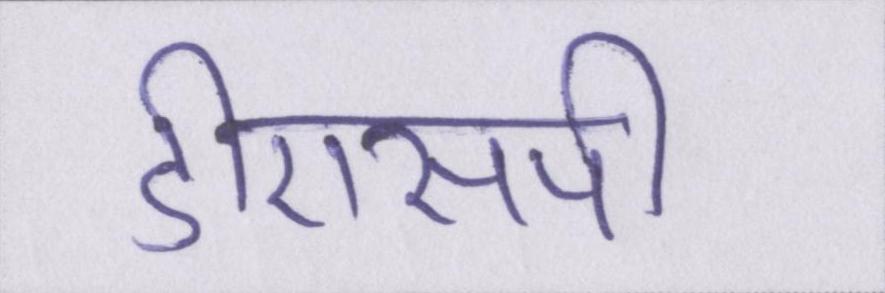
डीएसपी